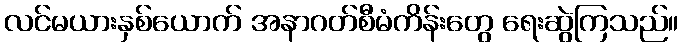
လင်မယားနှစ်ယောက် အနာဂတ်စီမံကိန်းတွေ ရေးဆွဲကြသည်။